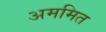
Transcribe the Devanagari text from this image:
अममित